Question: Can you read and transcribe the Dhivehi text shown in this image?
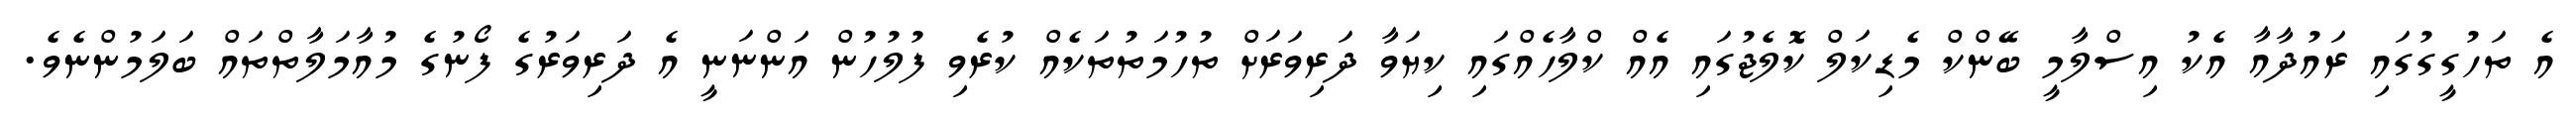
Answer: އެ ތަހުގީގުގައި ރައުދާއާ އެކު އިސްލާމީ ބޭންކް މެޑިކަލް ކޮލެޖުގައި އެއް ކްލާހެއްގައި ކިޔަވާ ދަރިވަރަށް ތުހުމަތުތަކެއް ކުރެވި ފުލުހުން އަންނަނީ އެ ދަރިވަރުގެ ފޯނުގެ މުއާމަލާތްތައް ބަލަމުންނެވެ.